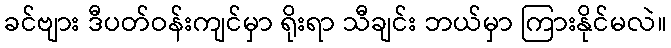
ခင်ဗျား ဒီပတ်ဝန်းကျင်မှာ ရိုးရာ သီချင်း ဘယ်မှာ ကြားနိုင်မလဲ။